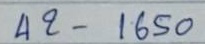
42 - 1650